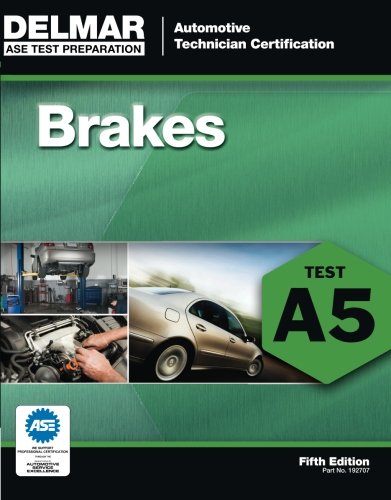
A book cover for ASE Test Preparation - A5 Brakes (Delmar Learning's Ase Test Prep Series); Delmar; Test Preparation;